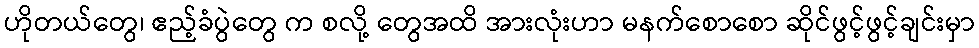
ဟိုတယ်တွေ၊ ဧည့်ခံပွဲတွေ က စလို့ တွေအထိ အားလုံးဟာ မနက်စောစော ဆိုင်ဖွင့်ဖွင့်ချင်းမှာ